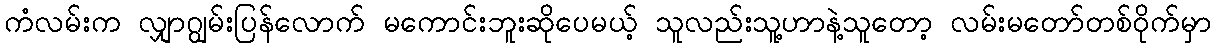
ကံလမ်းက လျှာဂျွမ်းပြန်လောက် မကောင်းဘူးဆိုပေမယ့် သူလည်းသူ့ဟာနဲ့သူတော့ လမ်းမတော်တစ်ဝိုက်မှာ